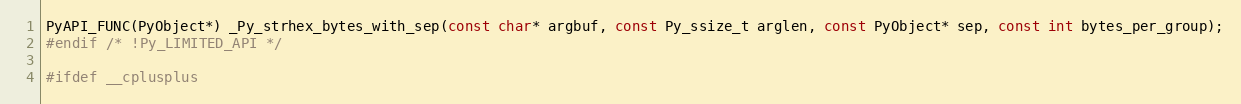
Language: C
PyAPI_FUNC(PyObject*) _Py_strhex_bytes_with_sep(const char* argbuf, const Py_ssize_t arglen, const PyObject* sep, const int bytes_per_group);
#endif /* !Py_LIMITED_API */

#ifdef __cplusplus